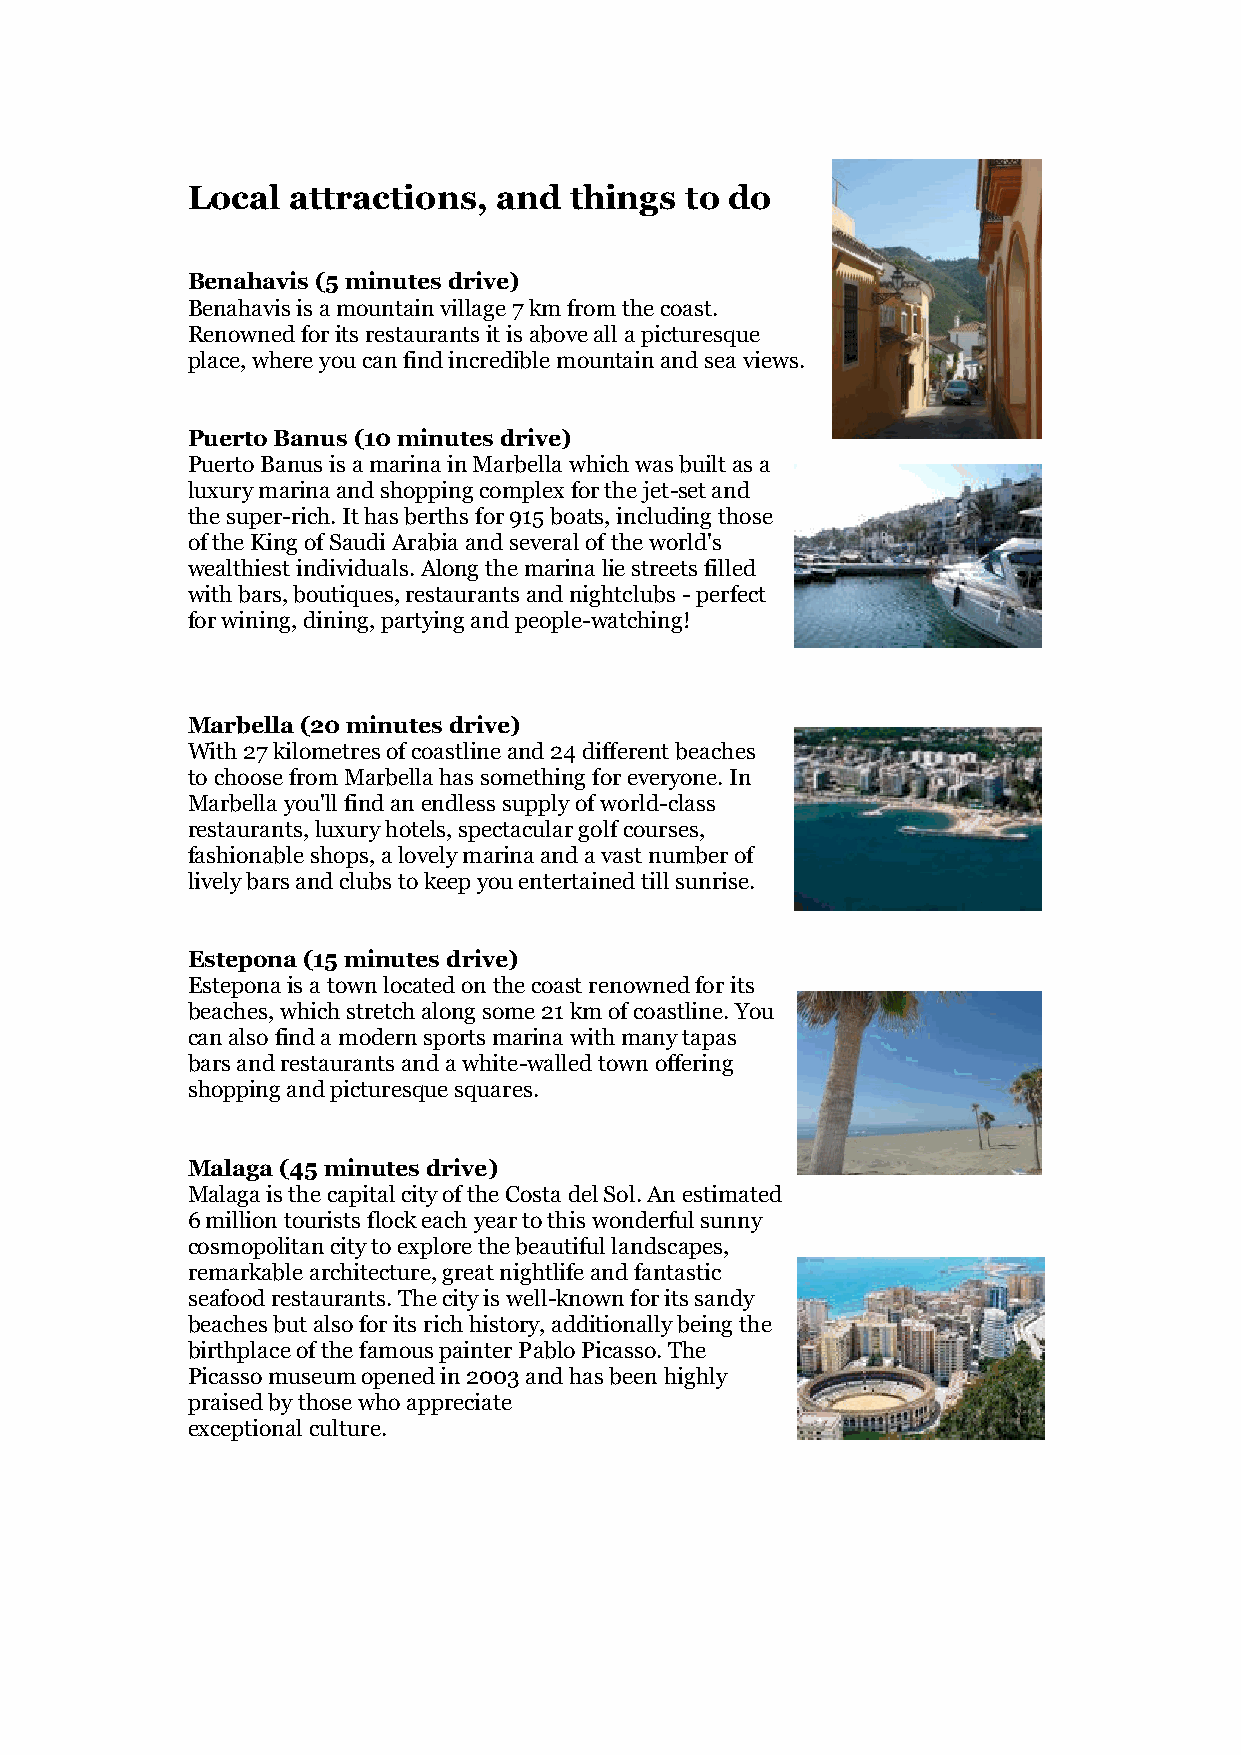
Local  attractions,  and  things to do
 Benahavis (5 minutes drive)
 Benahavis is a mountain village 7 km from the coast.
 Renowned for its restaurants it is above all a picturesque
 place, where you can find incredible mountain and sea views.
 Puerto Banus (10 minutes drive)
 Puerto Banus is a marina in Marbella which was built as a
 luxury marina and shopping complex for the jet-set and
 the super-rich. It has berths for 915 boats, including those
 of the King of Saudi Arabia and several of the world's
 wealthiest individuals. Along the marina lie streets filled
 with bars, boutiques, restaurants and nightclubs - perfect
 for wining, dining, partying and people-watching!
 Marbella (20 minutes drive)
 With 27 kilometres of coastline and 24 different beaches
 to choose from Marbella has something for everyone. In
 Marbella you'll find an endless supply of world-class
 restaurants, luxury hotels, spectacular golf courses,
 fashionable shops, a lovely marina and a vast number of
 lively bars and clubs to keep you entertained till sunrise.
 Estepona (15 minutes drive)
 Estepona is a town located on the coast renowned for its
 beaches, which stretch along some 21 km of coastline. You
 can also find a modern sports marina with many tapas
 bars and restaurants and a white-walled town offering
 shopping and picturesque squares.
 Malaga (45 minutes drive)
 Malaga is the capital city of the Costa del Sol. An estimated
 6 million tourists flock each year to this wonderful sunny
 cosmopolitan city to explore the beautiful landscapes,
 remarkable architecture, great nightlife and fantastic
 seafood restaurants. The city is well-known for its sandy
 beaches but also for its rich history, additionally being the
 birthplace of the famous painter Pablo Picasso. The
 Picasso museum opened in 2003 and has been highly
 praised by those who appreciate
 exceptional culture.